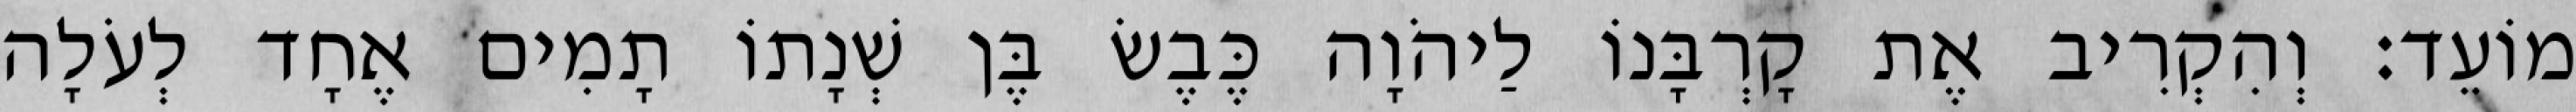
מוֹעֵד׃ וְהִקְרִיב אֶת קָרְבָּנוֹ לַיהֹוָה כֶּבֶשׂ בֶּן שְׁנָתוֹ תָמִים אֶחָד לְעֹלָה